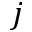
j